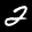
Label: 2